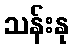
သန်းနု